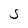
Character: S